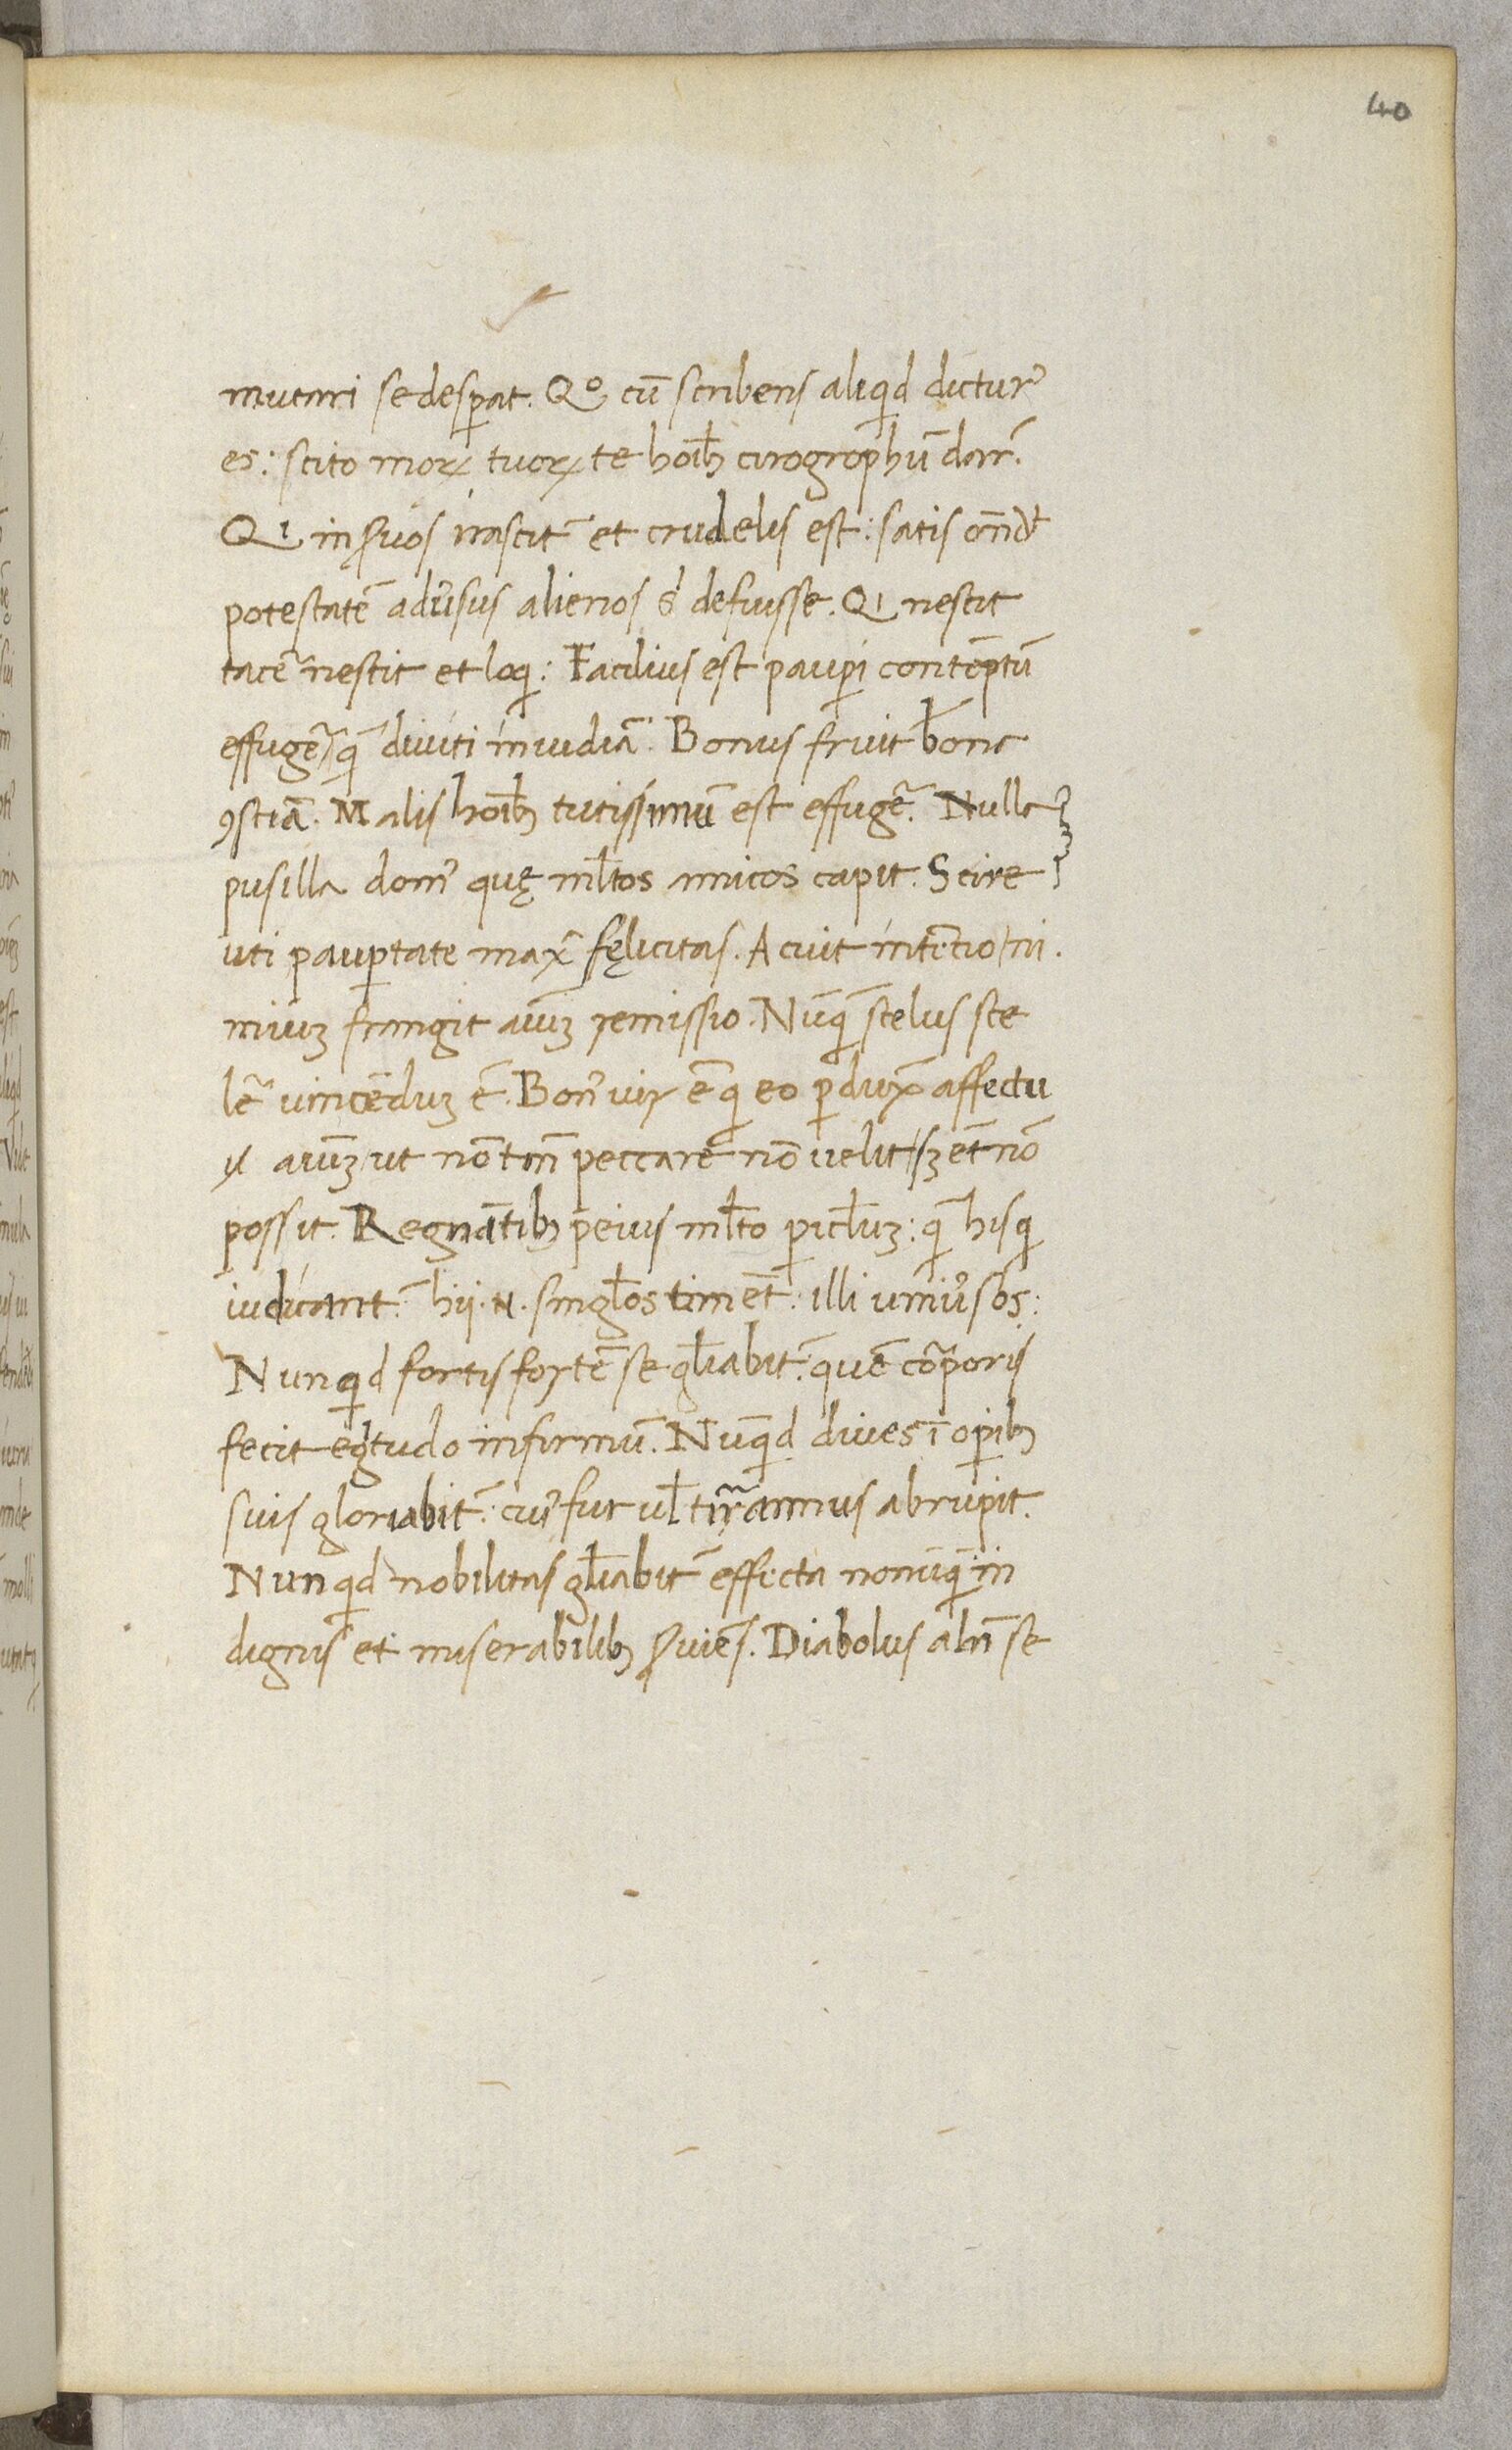
Shelfmark: Paris, BnF, NAL 632
Century: 15